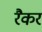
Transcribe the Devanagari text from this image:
रैकर